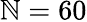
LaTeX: \mathbb{N}=60